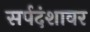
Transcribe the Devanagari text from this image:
सर्पदंशावर